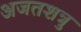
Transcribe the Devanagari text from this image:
अजतशत्रु